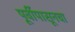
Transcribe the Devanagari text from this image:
पूर्वीपासूनचा